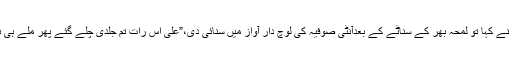
“ اس نے کہا تو لمحہ بھر کے سناٹے کے بعدآنٹی صوفیہ کی لوچ دار آواز میں سنائی دی،”علی اس رات تم جلدی چلے گئے پھر ملے ہی نہیں؟